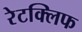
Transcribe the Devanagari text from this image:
रेटक्लिफ